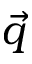
\vec { q }